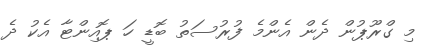
މި ގްރޫޕުން ދެން އެންމެ ފުރުސަތު ބޮޑީ ހަ ޕޮއިންޓާ އެކު ދެ